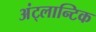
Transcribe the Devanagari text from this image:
अंट्लान्टिक